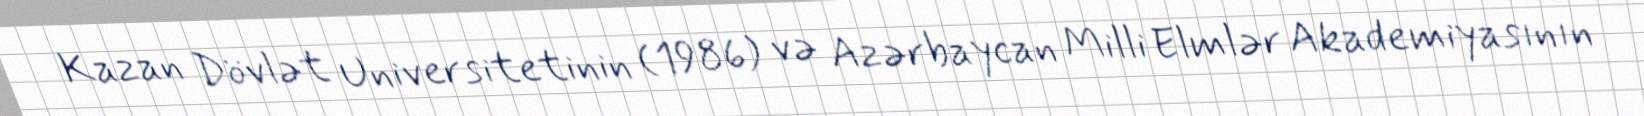
Kazan Dövlət Universitetinin (1986) və Azərbaycan Milli Elmlər Akademiyasının